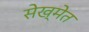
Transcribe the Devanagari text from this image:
सेख्मेत